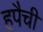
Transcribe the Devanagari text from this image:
हपैची